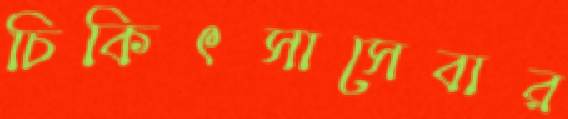
চিকিৎসাসেবার